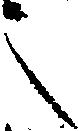
之